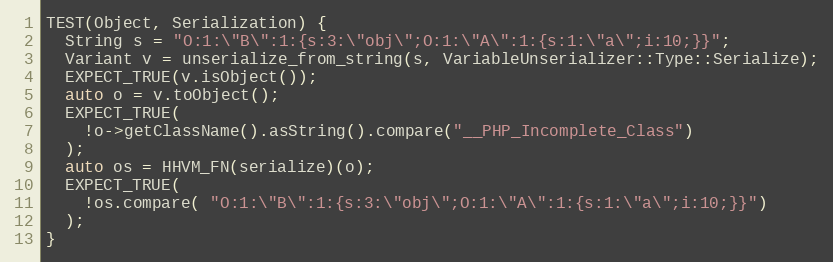
Language: C++
TEST(Object, Serialization) {
  String s = "O:1:\"B\":1:{s:3:\"obj\";O:1:\"A\":1:{s:1:\"a\";i:10;}}";
  Variant v = unserialize_from_string(s, VariableUnserializer::Type::Serialize);
  EXPECT_TRUE(v.isObject());
  auto o = v.toObject();
  EXPECT_TRUE(
    !o->getClassName().asString().compare("__PHP_Incomplete_Class")
  );
  auto os = HHVM_FN(serialize)(o);
  EXPECT_TRUE(
    !os.compare( "O:1:\"B\":1:{s:3:\"obj\";O:1:\"A\":1:{s:1:\"a\";i:10;}}")
  );
}